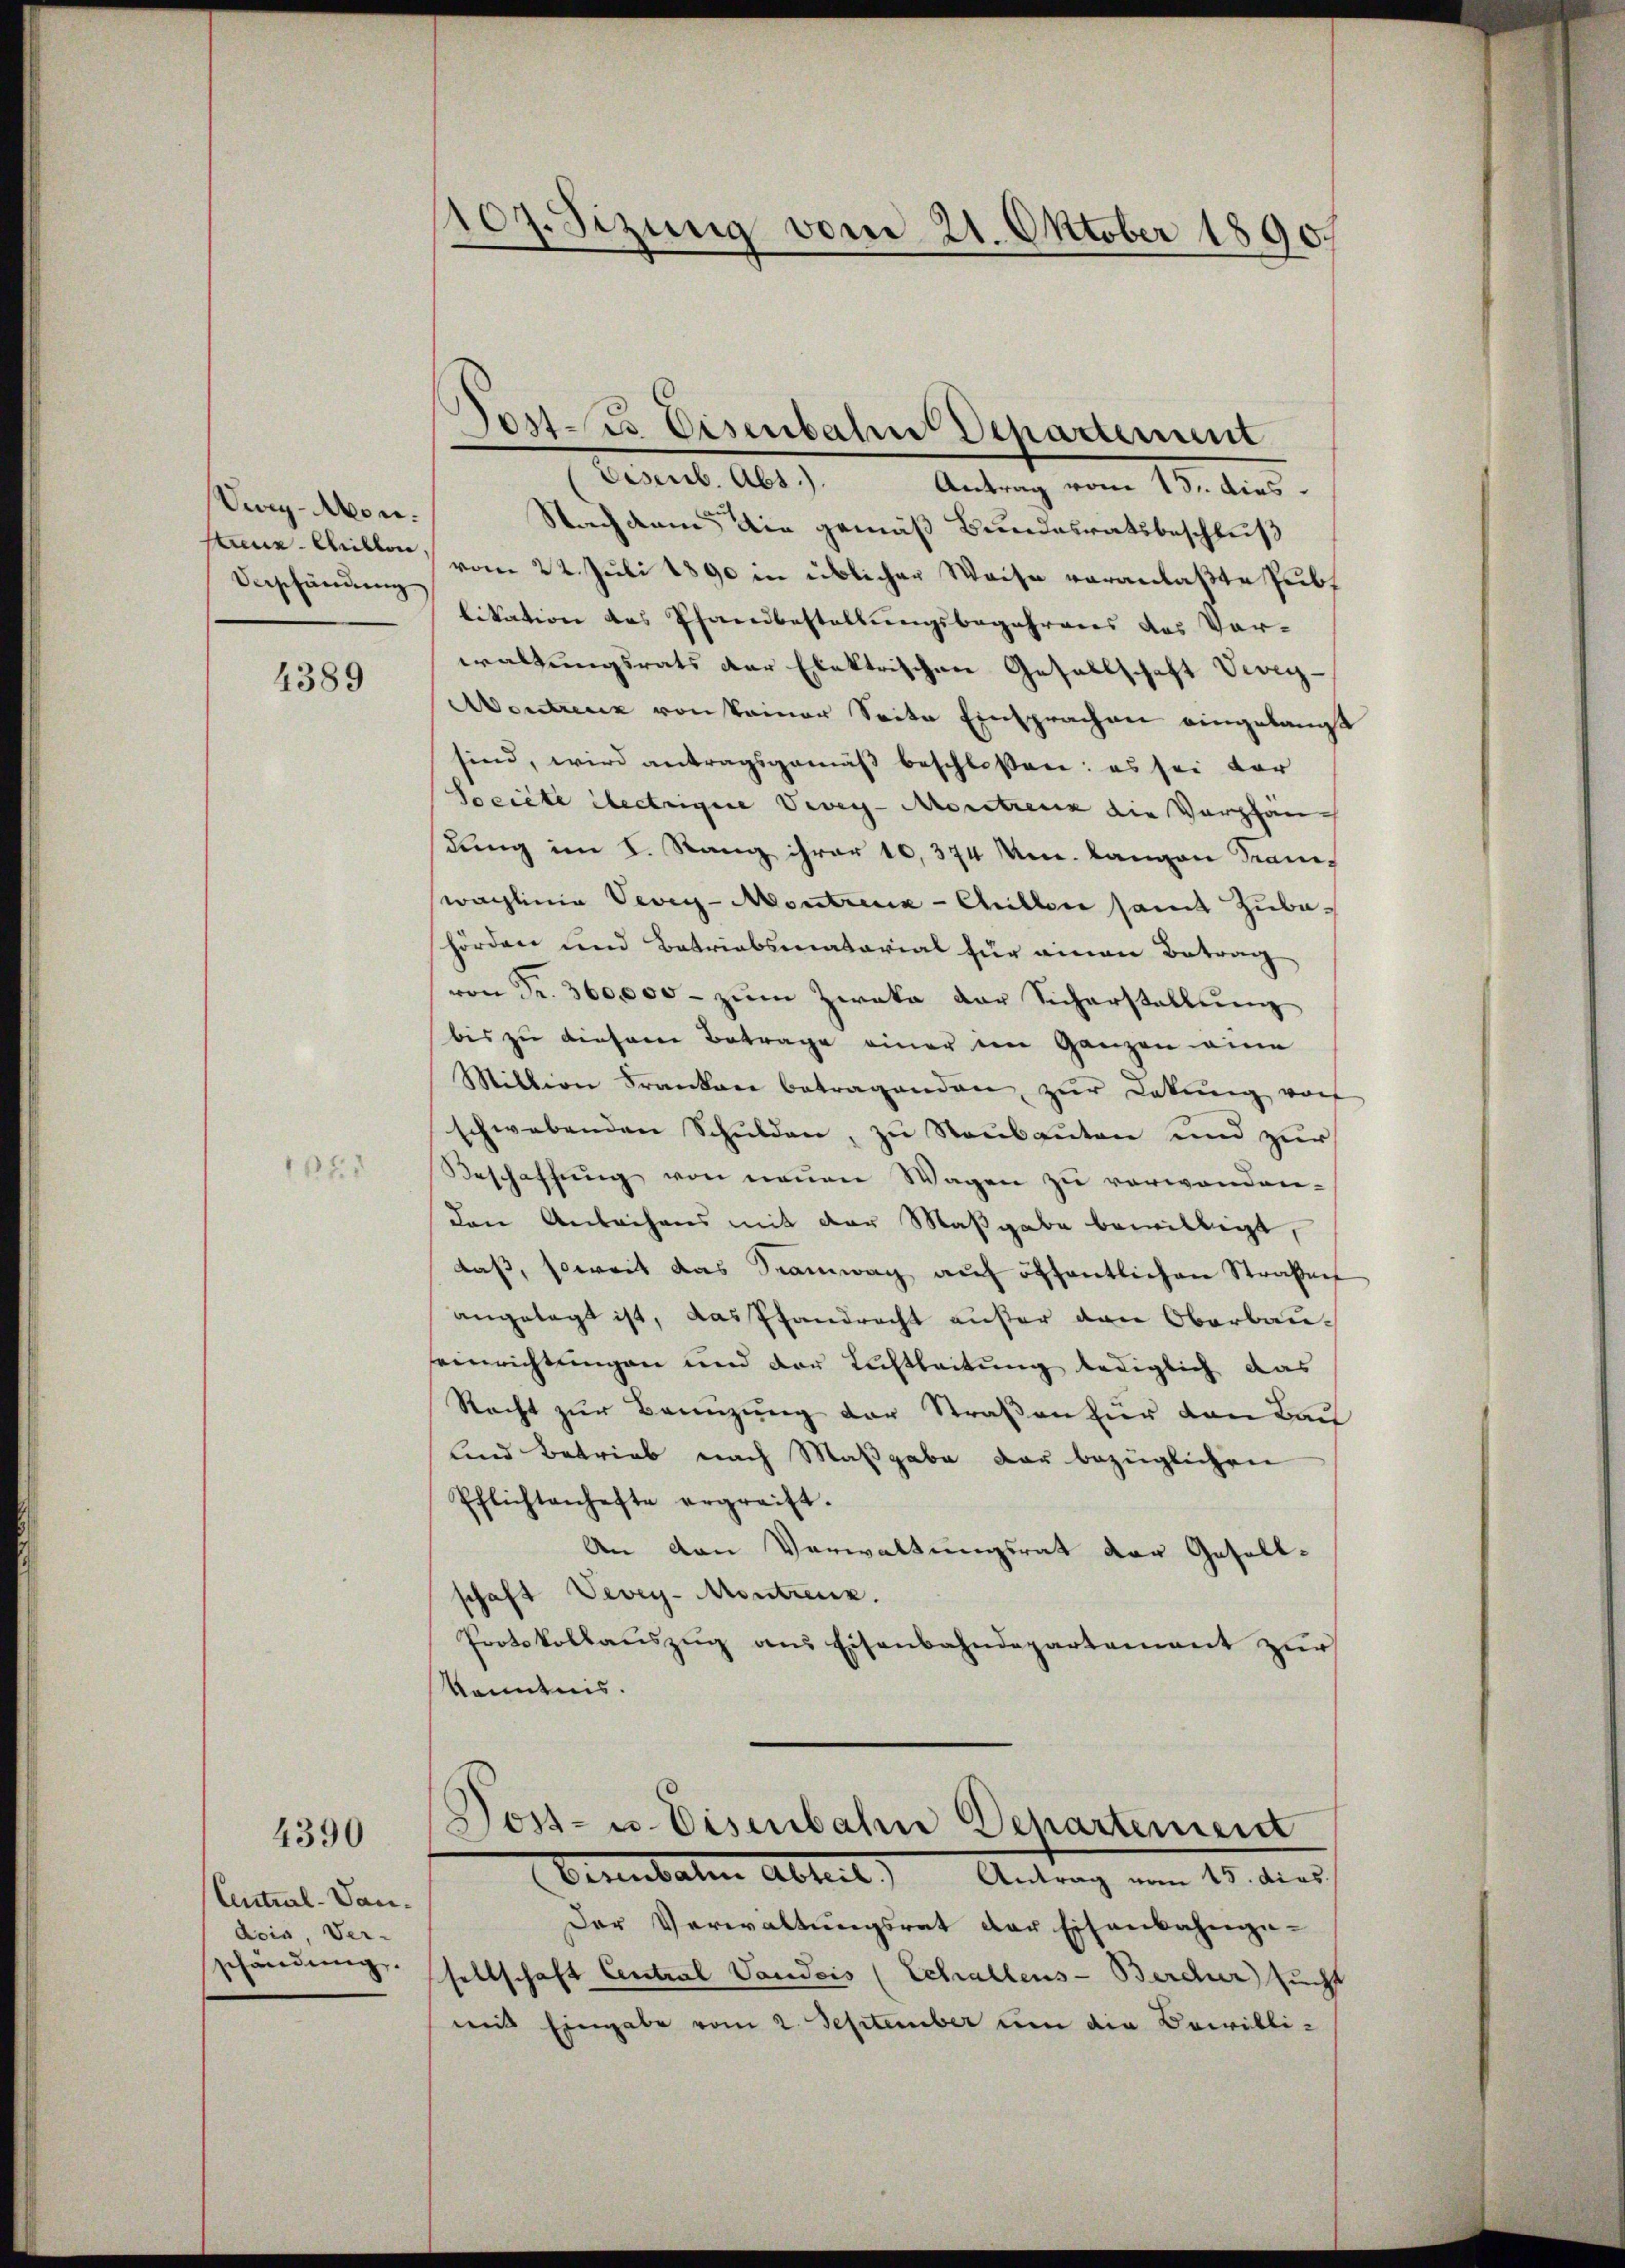
Vwry-Mon.
Unschändung

4389

1671

4390

Eintral-Vaudois, Ver-
schändung.

107. Sizung vom 21. Oktober 1890.

Post. Eisenbahn Departement

Eisenb. Abs.).
Antrag vom 15. dies
Nachdem die gemäß Bundesratsbeschluß
same Mitten, vom 22. Juli 1890 in üblicher Weise veranlaßte Publikation des Pfandbestellungsbegehrens des Vor-
waltungsrats der Elektrischen Gesellschaft Vevey-
Avontrenz von keiner Seite Einsprachen eingelangt
sind, wird antragsgemäß beschloßen: es sei vor
Société lectrigere Vevey-Moritzenz die Vorplanch
dung im I. Rang ihrer 10,374 n. langen Trans
waglinie Vevey-Montreux-Cellen samt Zubahörden und Betriebsenatorial für einen Betrag
von Fr. 360,000 - zum Zwaka der Sicherstellung
bis zu diesem Betrage einer ein ganzen eine
Million Franken betragenden zŭr Lakung von
schwebenden Schŭlden, zu Raubauten und zur
Beschaffung von neuen Wagen zu verwandenden Anleihens mit der Maßgabe bewilligt,
daß, soweit das Tramwag auf öffentlichen Straßen
angelegt ist, das Pfandrecht außer den Oberbauseinrichtungen und der Lichtleitung lediglich das
Recht zŭr Benzung der Straßen für den Bau
lind Betrieb nach Maßgabe der bezüglichen
Pflichtenhefte ergreift.
An den Verwaltungsrat der Gesell-
schaft Vevey-Montreuz.
Protokollauszug aus Eisenbahndepartement zur
Kenntnis.
Doss- u. Eisenbahn Dehartement
Dernbaten Abteil) Antrag am 15. dies
Der Verwaltungsrat der Eisenbahngesellschaft Central Vandeis (Schallens-Berdur sucht
mit Eingabe vom 2. September um die Bewilli¬